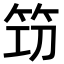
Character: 𥬣